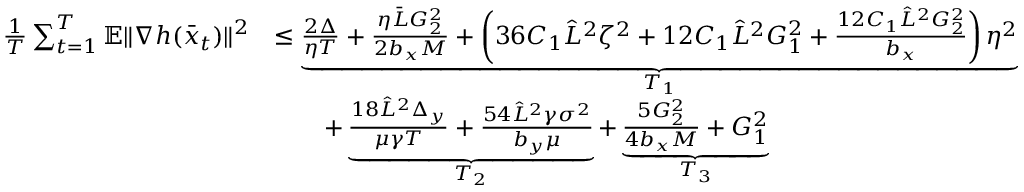
\begin{array} { r l } { \frac { 1 } { T } \sum _ { t = 1 } ^ { T } \mathbb { E } \| \nabla h ( \bar { x } _ { t } ) \| ^ { 2 } } & { \leq \underbrace { \frac { 2 \Delta } { \eta T } + \frac { \eta \bar { L } G _ { 2 } ^ { 2 } } { 2 b _ { x } M } + \left( 3 6 C _ { 1 } \hat { L } ^ { 2 } \zeta ^ { 2 } + 1 2 C _ { 1 } \hat { L } ^ { 2 } G _ { 1 } ^ { 2 } + \frac { 1 2 C _ { 1 } \hat { L } ^ { 2 } G _ { 2 } ^ { 2 } } { b _ { x } } \right) \eta ^ { 2 } } _ { T _ { 1 } } } \\ & { \qquad + \underbrace { \frac { 1 8 \hat { L } ^ { 2 } \Delta _ { y } } { \mu \gamma T } + \frac { 5 4 \hat { L } ^ { 2 } \gamma \sigma ^ { 2 } } { b _ { y } \mu } } _ { T _ { 2 } } + \underbrace { \frac { 5 G _ { 2 } ^ { 2 } } { 4 b _ { x } M } + G _ { 1 } ^ { 2 } } _ { T _ { 3 } } } \end{array}